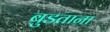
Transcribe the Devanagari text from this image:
बुडताना